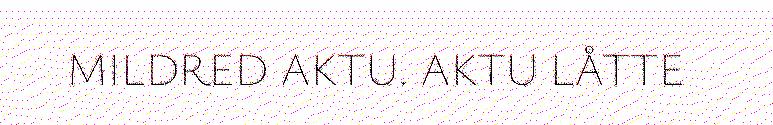
MILDRED AKTU. AKTU LÅTTE